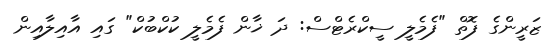
ޒަރީންގެ ފޮތް "ފެމެލީ ސީކްރެޓްސް: ދަ ޚާން ފެމެލީ ކުކްބުކް" ގައި އާއިލާއިން